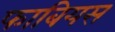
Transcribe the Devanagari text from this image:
फाबियस